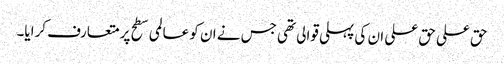
حق علی حق علی ان کی پہلی قوالی تھی جس نے ان کو عالمی سطح پر متعارف کرایا۔